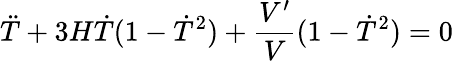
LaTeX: \ddot{T}+3H\dot{T}(1-\dot{T}^{2})+\frac{V^{\prime}}{V}(1-\dot{T}^{2})=0